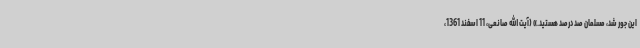
این جور شد، مسلمان صد درصد هستید.» (آیت الله صانعی، 11 اسفند 1361،